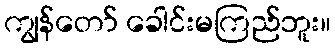
ကျွန်တော် ခေါင်းမကြည်ဘူး။